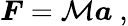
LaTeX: {\boldsymbol{F}}=\mathcal{M}{\boldsymbol{a}}\ ,